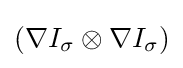
(\nabla I_{\sigma }\otimes \nabla I_{\sigma })